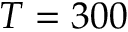
T = 3 0 0